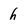
Character: h